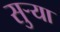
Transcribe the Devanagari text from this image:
सुर्‍या